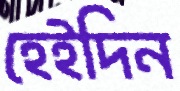
হেইদিন